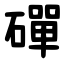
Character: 磾